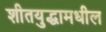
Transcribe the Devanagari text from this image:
शीतयुद्धामधील